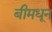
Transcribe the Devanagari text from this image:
बीमधून